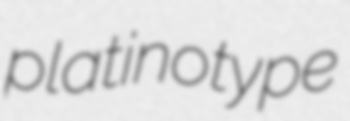
platinotype